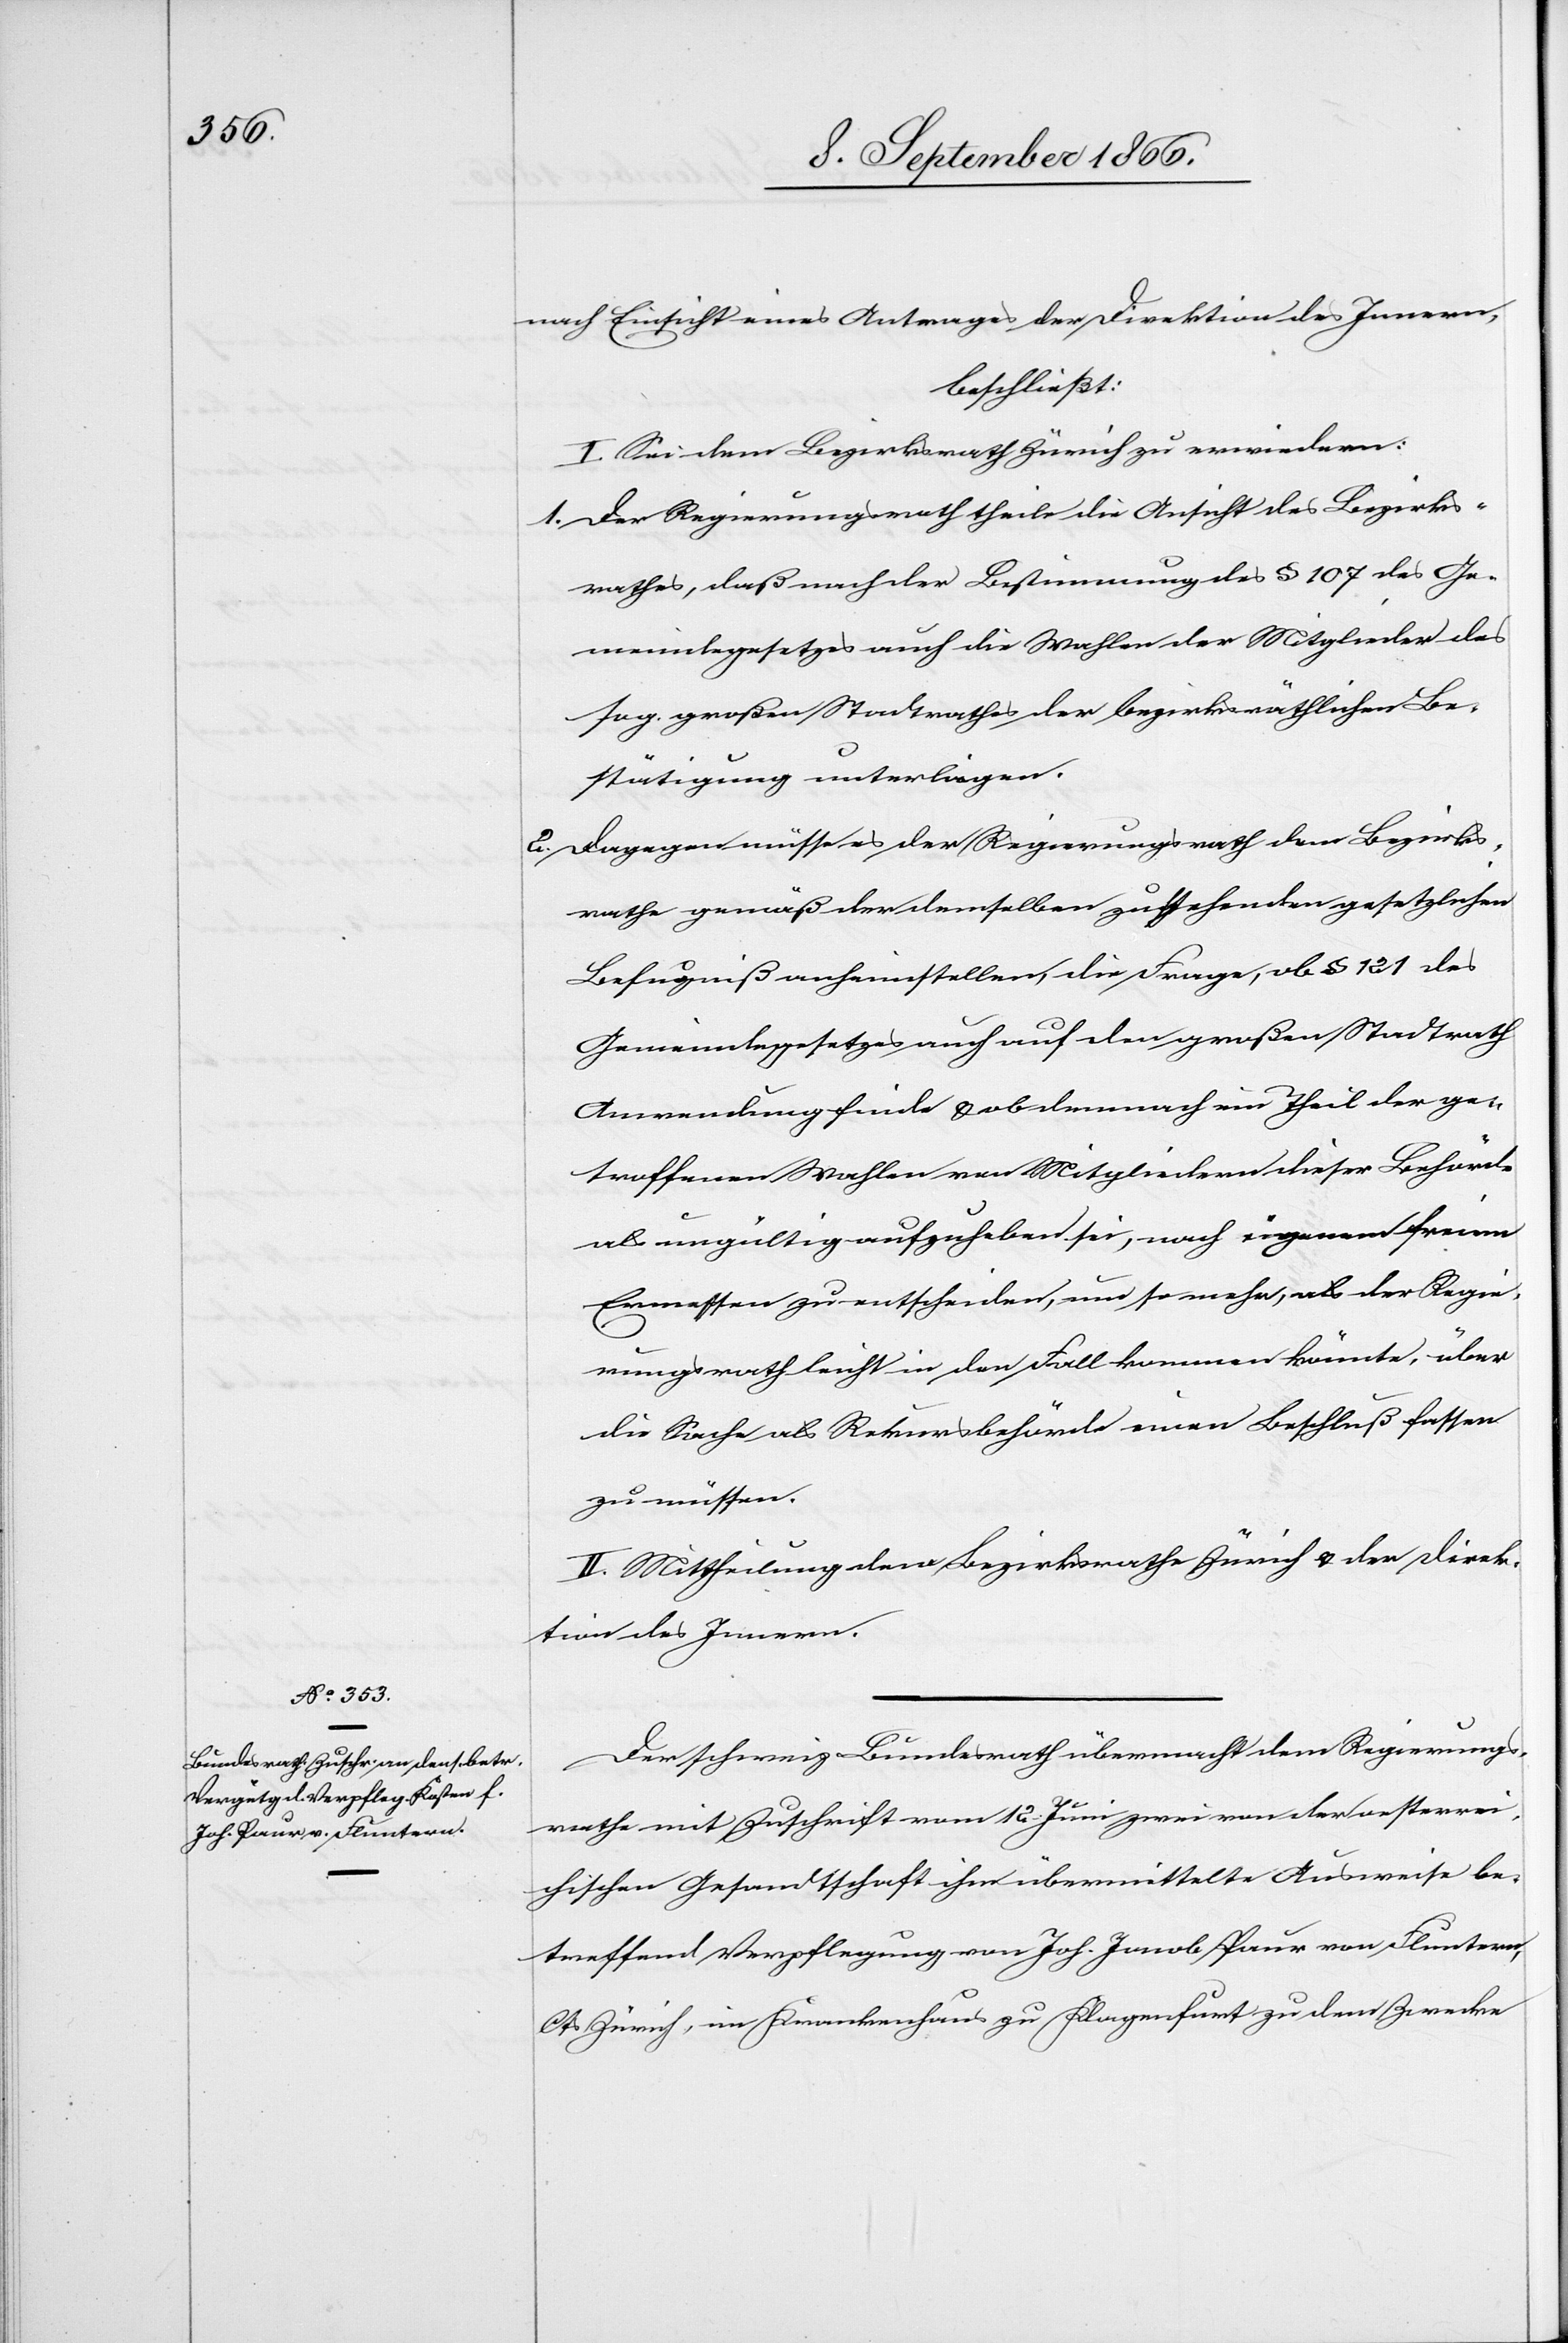
nach Einsicht eines Antrages der Direktion des Innern,
beschließt:
I. Sei dem Bezirksrath Zürich zu erwiedern:
1. Der Regierungsrath theile die Ansicht des Bezirks¬
rathes, daß nach der Bestimmung des § 107 des Ge¬
meindegesetzes auch die Wahlen der Mitglieder des
sog. großen Stadtrathes der bezirksräthlichen Be¬
stätigung unterliegen.
2. Dagegen müsse es der Regierungsrath dem Bezirks¬
rathe gemäß der demselben zustehenden gesetzlichen
Befugniß anheimstellen, die Frage, ob § 121 des
Gemeindegesetzes auch auf den großen Stadtrath
Anwendung finde u. ob demnach ein Theil der ge¬
troffenen Wahlen von Mitgliedern dieser Behörde
als ungültig aufzuheben sei, nach eigenem freien
Ermessen zu entscheiden, um so mehr, als der Regie¬
rungsrath leicht in den Fall kommen könnte, über
die Sache als Rekursbehörde einen Beschluß fassen
zu müssen.
II. Mittheilung dem Bezirksrathe Zürich u. der Direk¬
tion des Innern.
Der schweiz. Bundesrath übermacht dem Regierungs¬
rathe mit Zuschrift vom 12. Juni zwei von der oesterrei¬
chischen Gesandtschaft ihm übermittelte Ausweise be¬
treffend Verpflegung von Joh. Jacob Paur von Fluntern,
Cts. Zürich, im Krankenhaus zu Klagenfurt zu dem Zwecke